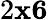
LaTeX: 2\le x\le 6